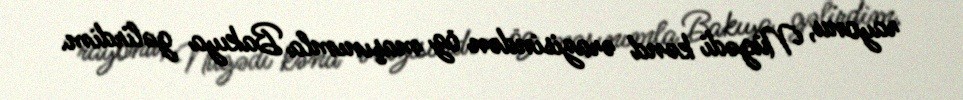
rayonu, Nügədi kənd ərazisindən öz maşınımla Bakıya gəlirdim.